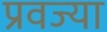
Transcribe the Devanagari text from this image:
प्रवज्या